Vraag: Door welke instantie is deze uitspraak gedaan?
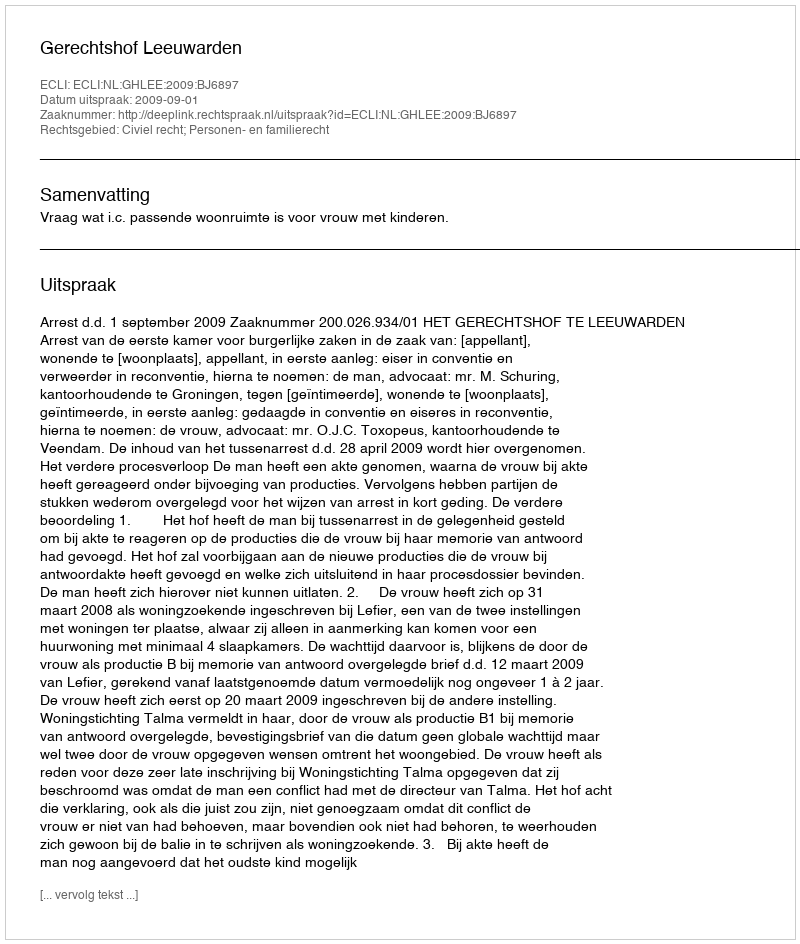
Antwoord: Gerechtshof Leeuwarden